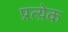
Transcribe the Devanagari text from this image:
प्रत्य़ेक